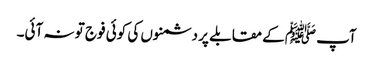
آپ ﷺکے مقابلے پر دشمنوں کی کوئی فوج تو نہ آئی۔